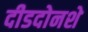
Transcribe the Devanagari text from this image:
दीडदोनशे